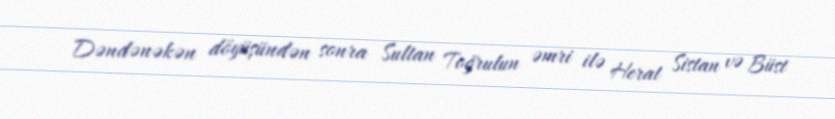
Dəndənəkən döyüşündən sonra Sultan Toğrulun əmri ilə Herat Sistan və Büst